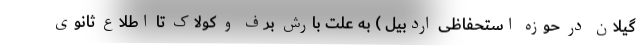
گیلان در حوزه استحفاظی اردبیل ) به علت بارش برف و کولاک تا اطلاع ثانوی